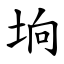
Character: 垧